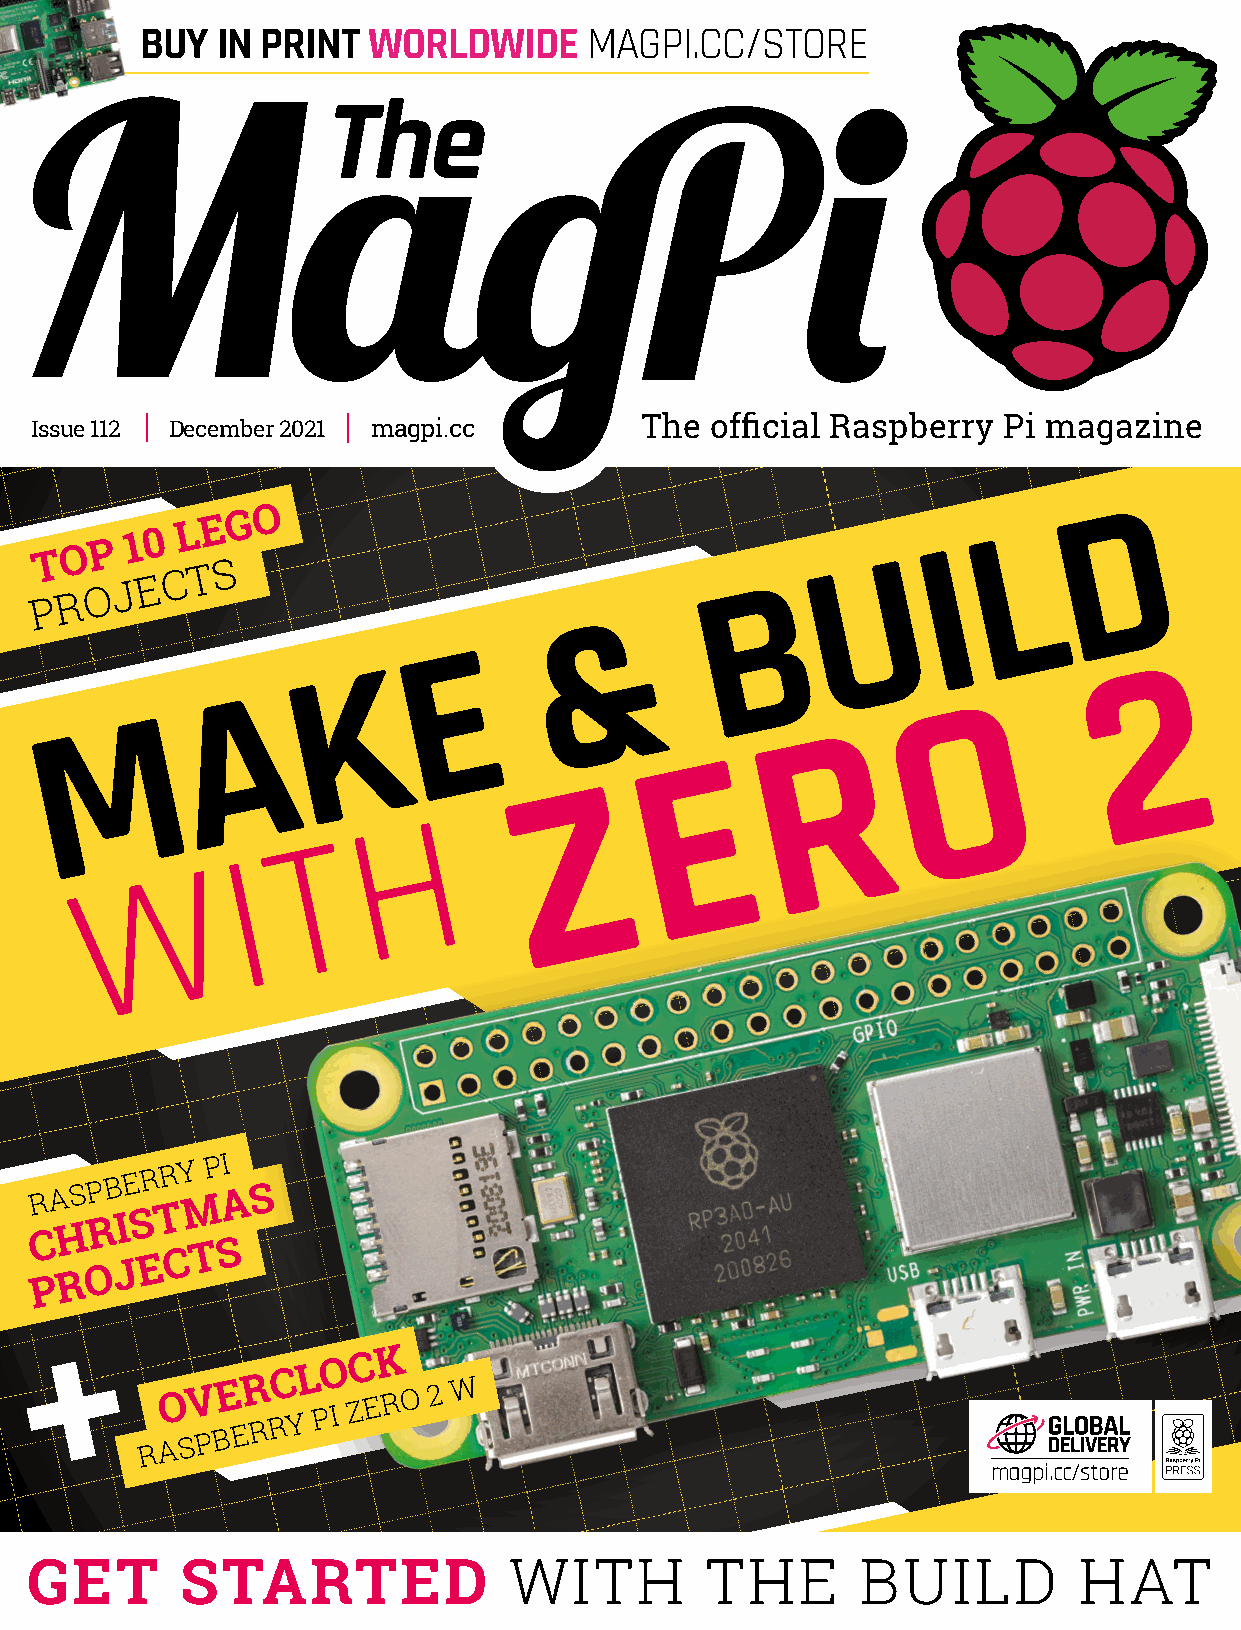
BUY  IN PRINT  WORLDWIDE      MAGPI.CC/STORE
 Issue 112 December 2021 magpi.cc        The  official Raspberry Pi magazine
 T O P  1 0
 L E G O
 I  L
 D
 P R O J E C T S                               B      U
 &
 E
 2
 K
 A
 O
 M
 R
 E
 Z
 H
 T
 I
 W
 RASPBERRY
 M
 PI
 A S
 H R I S T
 C
 P R O J E C T S
 RAO SV PBE ER RRC YL PO
 I
 ZC EK RO 2 W
 magpi.cc/store
 GET       STARTED               WITH         THE       BUILD         HAT